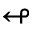
\looparrowleft